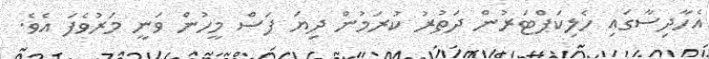
އެހާދިސާގައި ހެލިކަޕްޓަރުން ދަތުރު ކުރަމުން ދިޔަ ފަސް މީހުން ވަނީ މަރުވެފަ އެވެ.